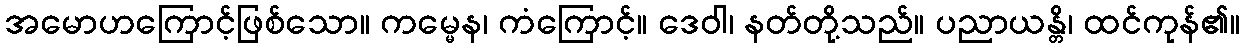
အမောဟကြောင့်ဖြစ်သော။ ကမ္မေန၊ ကံကြောင့်။ ဒေဝါ၊ နတ်တို့သည်။ ပညာယန္တိ၊ ထင်ကုန်၏။